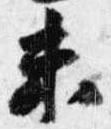
未